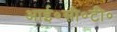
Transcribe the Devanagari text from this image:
आई०सी०टी०